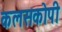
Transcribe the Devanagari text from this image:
कलसकोपी